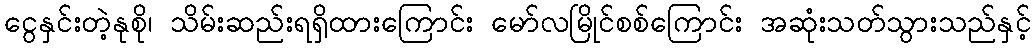
ငွေနှင်းတဲ့နုစို၊ သိမ်းဆည်းရရှိထားကြောင်း မော်လမြိုင်စစ်ကြောင်း အဆုံးသတ်သွားသည်နှင့်